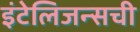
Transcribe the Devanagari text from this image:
इंटेलिजन्सची